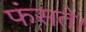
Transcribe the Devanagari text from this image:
फंसते।